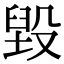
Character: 毁